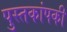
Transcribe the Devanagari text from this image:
पुस्तकांपकी